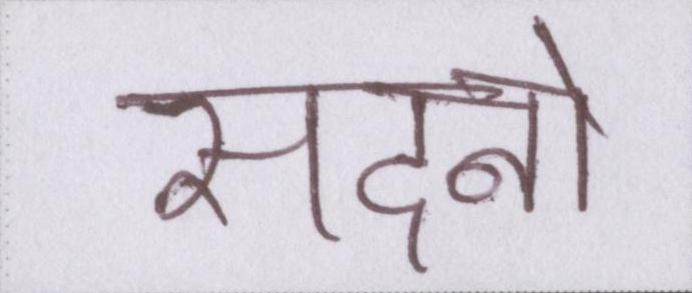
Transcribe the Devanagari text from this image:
सदनो